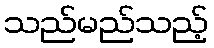
သည်မည်သည့်